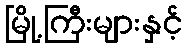
မြို့ကြီးများနှင့်